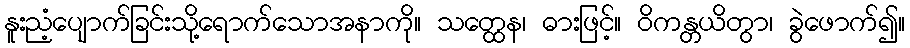
နူးညံ့ပျောက်ခြင်းသို့ရောက်သောအနာကို။ သတ္ထေန၊ ဓားဖြင့်။ ဝိကန္တယိတွာ၊ ခွဲဖောက်၍။